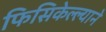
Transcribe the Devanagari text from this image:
फिसिकेल्ल्याने